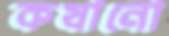
কষানো